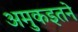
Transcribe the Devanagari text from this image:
अमुकइतने